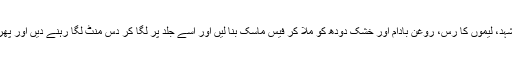
اس کے علاوہ شہد، لیموں کا رس، روغن بادام اور خشک دودھ کو ملا کر فیس ماسک بنا لیں اور اِسے جلد پر لگا کر دس منٹ لگا رہنے دیں اور پھر صاف کر لیں۔